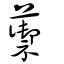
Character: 蘌